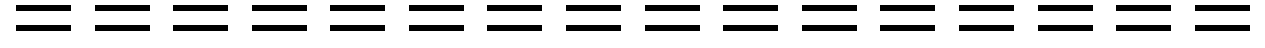
================